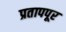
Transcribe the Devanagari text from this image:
प्रतापपूर